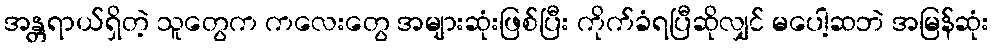
အန္တရာယ်ရှိတဲ့ သူတွေက ကလေးတွေ အများဆုံးဖြစ်ပြီး ကိုက်ခံရပြီဆိုလျှင် မပေါ့ဆဘဲ အမြန်ဆုံး